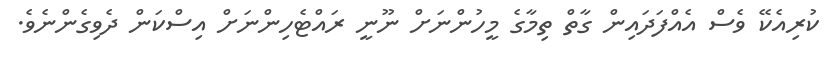
ކުރިއެކޭ ވެސް އެއްފަދައިން ގާތް ތިމާގެ މީހުންނަށް ނޫނީ ރައްޓެހިންނަށް އިސްކަން ދެވިގެންނެވެ.